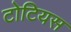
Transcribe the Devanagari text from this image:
टोटियस